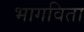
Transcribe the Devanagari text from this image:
भागविता